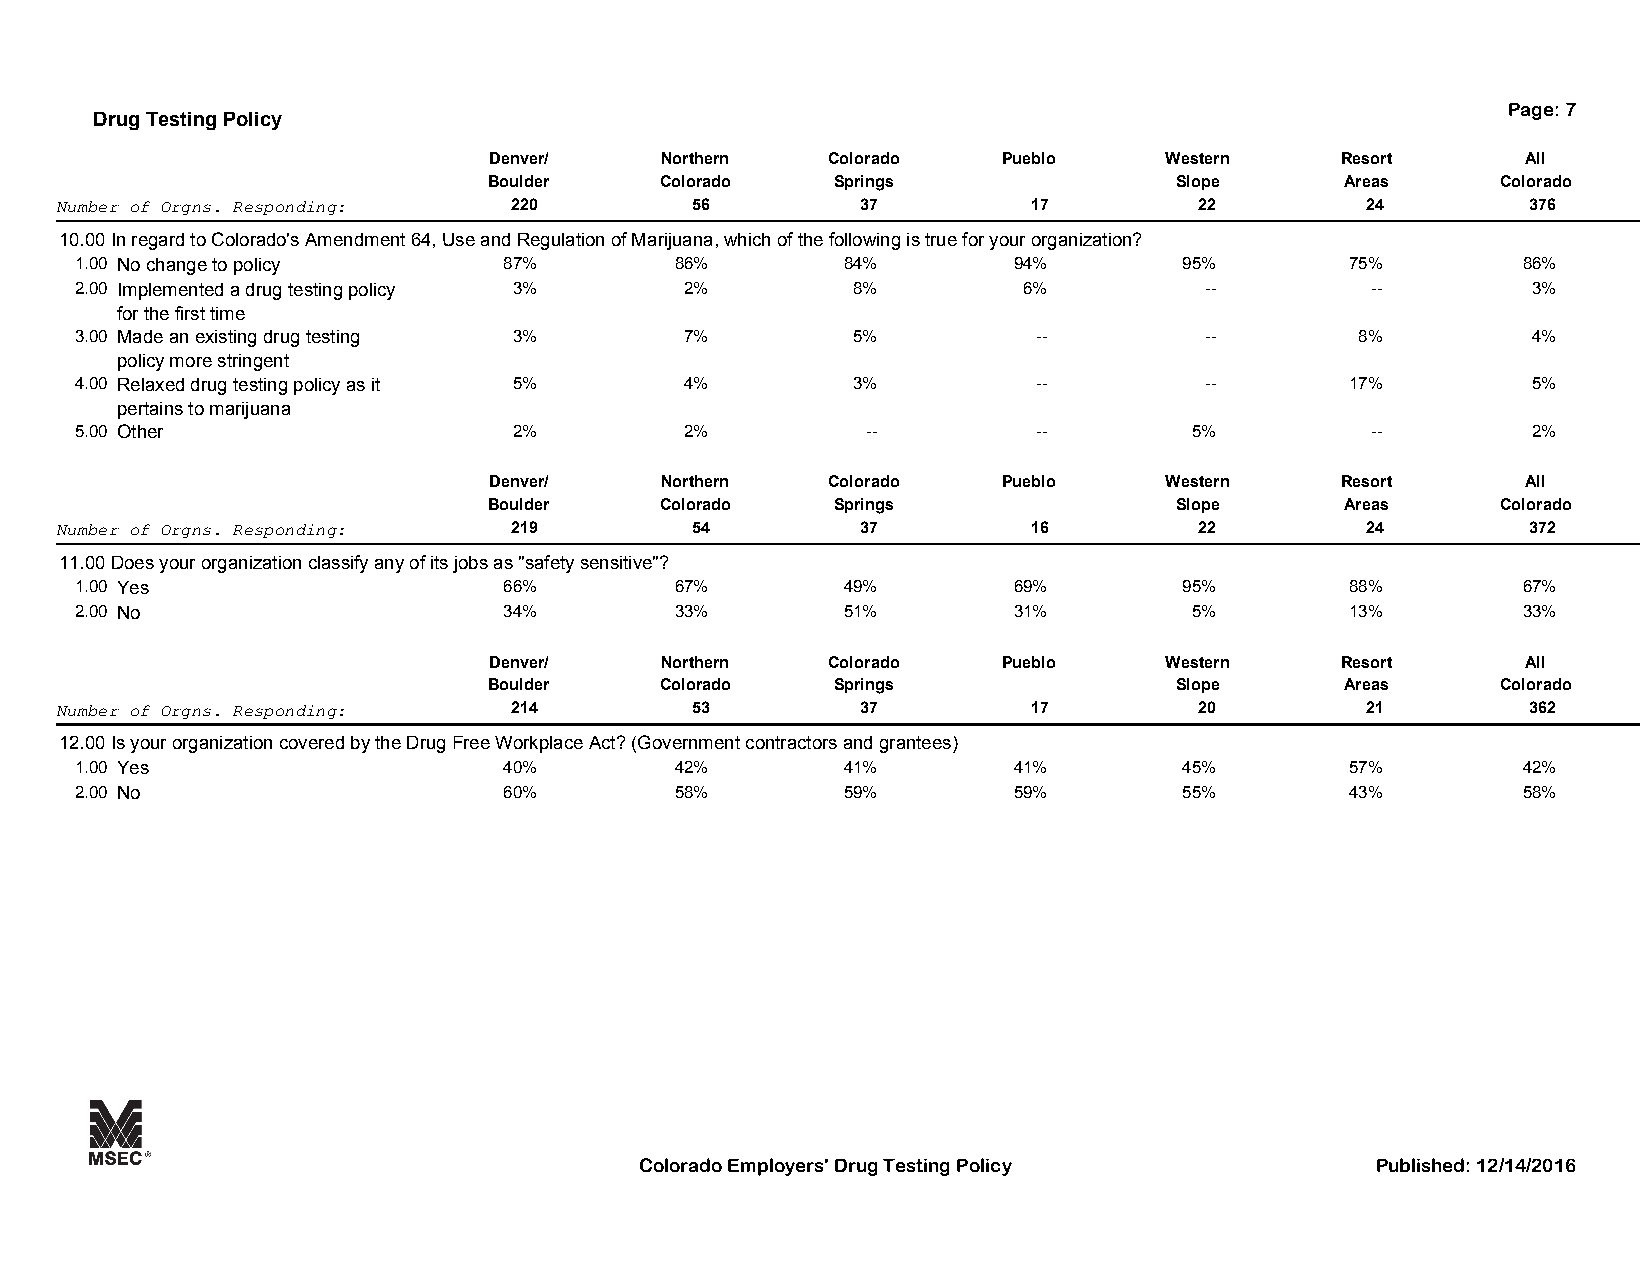
Page: 7
 Drug Testing Policy
 Denver/     Northern   Colorado   Pueblo     Western     Resort      All
 Boulder     Colorado   Springs                Slope      Areas     Colorado
 Number of Orgns. Responding:  220         56         37         17         22         24         376
 10.00In regard to Colorado's Amendment 64, Use and Regulation of Marijuana, which of the following is true for your organization?
 1.00 No change to policy    87%         86%        84%        94%        95%        75%         86%
 2.00 Implemented a drug testing policy 3% 2%       8%          6%          --         --        3%
 for the first time
 3.00 Made an existing drug testing 3%   7%         5%           --         --        8%         4%
 policy more stringent
 4.00 Relaxed drug testing policy as it 5% 4%       3%           --         --       17%         5%
 pertains to marijuana
 5.00 Other                   2%         2%          --          --        5%          --        2%
 Denver/     Northern   Colorado   Pueblo     Western     Resort      All
 Boulder     Colorado   Springs                Slope      Areas     Colorado
 Number of Orgns. Responding:  219         54         37         16         22         24         372
 11.00Does your organization classify any of its jobs as "safety sensitive"?
 1.00 Yes                    66%         67%        49%        69%        95%        88%         67%
 2.00 No                     34%         33%        51%        31%         5%        13%         33%
 Denver/     Northern   Colorado   Pueblo     Western     Resort      All
 Boulder     Colorado   Springs                Slope      Areas     Colorado
 Number of Orgns. Responding:  214         53         37         17         20         21         362
 12.00Is your organization covered by the Drug Free Workplace Act? (Government contractors and grantees)
 1.00 Yes                    40%         42%        41%        41%        45%        57%         42%
 2.00 No                     60%         58%        59%        59%        55%        43%         58%
 Colorado Employers' Drug Testing Policy          Published: 12/14/2016